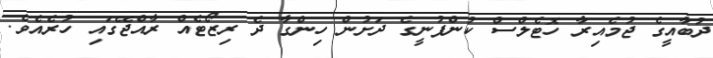
ދުބާއީގެ ޖުމެއިރާ ހޮޓެލްސް ކުންފުނީގެ ދަށުން ހިންގާ ދެ ރިޒޯޓެއް ރާއްޖޭގައި ހުރެއެވެ.